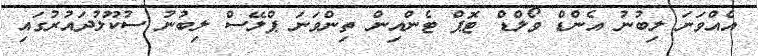
އެއްވަނަ ލިބުނު އެންޑް ވޯލްޑް ޓޮޕް ޓެންއިން ތިންވަނަ ޕްލޭސް ލިބުނު ސުކޫލުދައުރުގައި